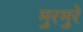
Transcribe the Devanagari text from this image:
मुरमुरे